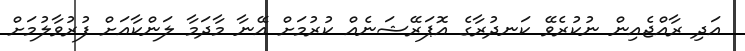
އަދި ރާއްޖެއިން ނުކުރެވޭ ކަނދުރާގެ އޮޕަރޭޝަނެއް ކުރުމަށް އޭނާ މާދަމާ ލަންކާއަށް ފުރުވާލުމަށް